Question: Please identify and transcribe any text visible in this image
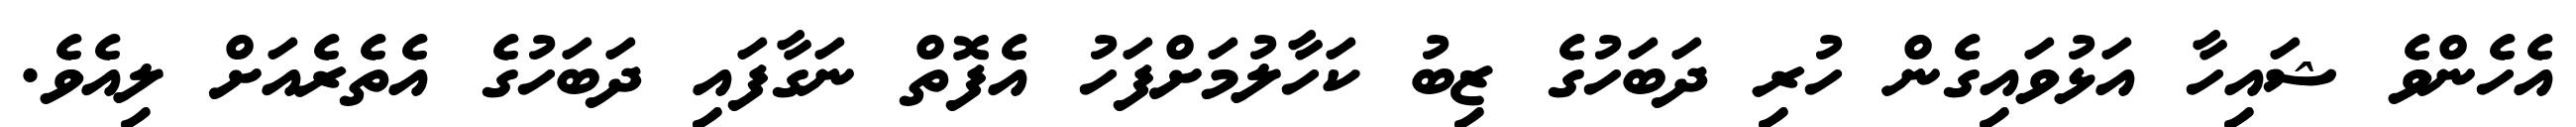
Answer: އެހެންވެ ޝައިހާ އަޅުވައިގެން ހުރި ދަބަހުގެ ޒިބު ކަހާލުމަށްފަހު އެފޮތް ނަގާފައި ދަބަހުގެ އެތެރެއަށް ލިއެވެ.